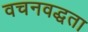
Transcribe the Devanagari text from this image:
वचनवद्धता